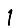
Digit: 1